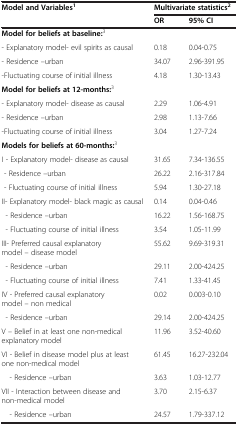
| <ROWSPAN=2> Model and Variables1 | Multivariate statistics2 |  |
 | OR | 95% CI |
 | --- | --- | --- |
 | Model for beliefs atbaseline:3 |  |  |
 | - Explanatory model- evil spirits as causal | 0.18 | 0.04-0.75 |
 | - Residence –urban | 34.07 | 2.96-391.95 |
 | -Fluctuating course of initial illness | 4.18 | 1.30-13.43 |
 | Model for beliefs at12-months:3 |  |  |
 | - Explanatory model- disease as causal | 2.29 | 1.06-4.91 |
 | - Residence –urban | 2.98 | 1.13-7.66 |
 | -Fluctuating course of initial illness | 3.04 | 1.27-7.24 |
 | Models for beliefs at60-months:3 |  |  |
 | I - Explanatory model- disease as causal | 31.65 | 7.34-136.55 |
 | - Residence –urban | 26.22 | 2.16-317.84 |
 | - Fluctuating course of initial illness | 5.94 | 1.30-27.18 |
 | II- Explanatory model- black magic as causal | 0.14 | 0.04-0.46 |
 | - Residence –urban | 16.22 | 1.56-168.75 |
 | - Fluctuating course of initial illness | 3.54 | 1.05-11.99 |
 | III- Preferred causal explanatory model – disease model | 55.62 | 9.69-319.31 |
 | - Residence –urban | 29.11 | 2.00-424.25 |
 | - Fluctuating course of initial illness | 7.41 | 1.33-41.45 |
 | IV - Preferred causal explanatory model – non medical | 0.02 | 0.003-0.10 |
 | - Residence –urban | 29.14 | 2.00-424.25 |
 | V – Belief in at least one non-medical explanatory model | 11.96 | 3.52-40.60 |
 | VI - Belief in disease model plus at least one non-medical model | 61.45 | 16.27-232.04 |
 | - Residence –urban | 3.63 | 1.03-12.77 |
 | VII - Interaction between disease and non-medical model | 3.70 | 2.15-6.37 |
 | - Residence –urban | 24.57 | 1.79-337.12 |